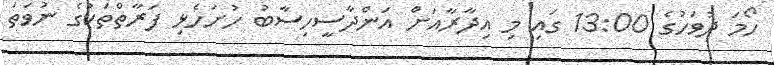
ހޯމަ ދުވަހުގެ 13:00 ގައި މި އިދާރާއަށް އަންދާސީހިސާބު ހުށަހެޅި ފަރާތްތަކުގެ ނުވަތަ